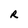
Character: R